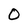
Character: O